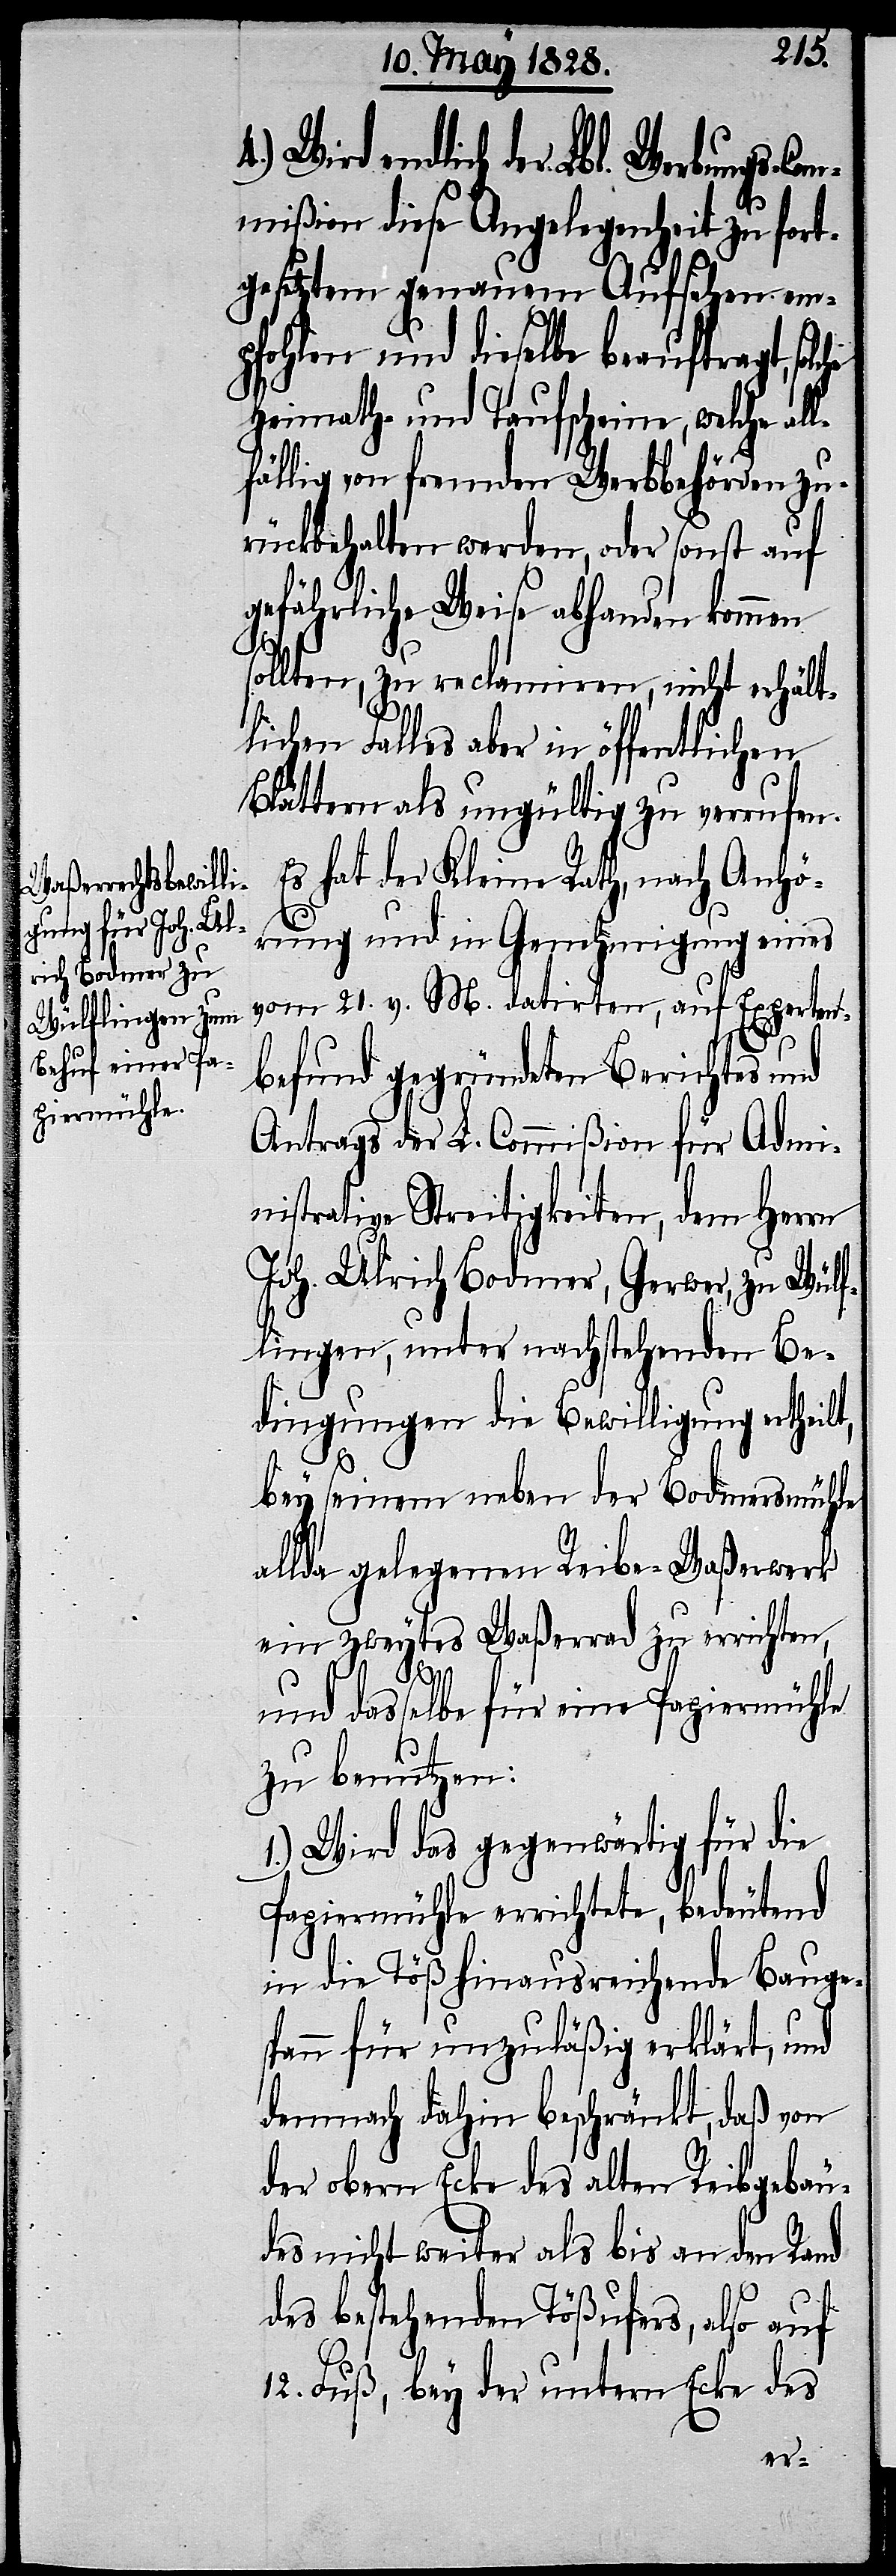
Wird endlich der Lbl. Werbungs-Com¬
mißion diese Angelegenheit zu fort¬
gesetztem genauem Aufsehen em¬
pfohlen und dieselbe beauftragt, sol¬
Heimath- und Taufscheine, welche al¬
lfällig von fremden Werbbehörden zu¬
rückbehalten werden, oder sonst auf
gefährliche Weise abhanden kommen
sollten, zu reclamiren, nicht erhält¬
lichen Falles aber in öffentlichen
Blättern als ungültig zu verrufen.
Es hat der Kleine Rath, nach Anhö¬
rung und in Genehmigung eines
vom 21. v. M. datirten, auf Experten¬
befund gegründeten Berichtes und
Antrags der L. Commißion für Admi¬
nistrative Streitigkeiten, dem Herrn
Joh. Ulrich Bodmer, Gerwer, zu Wülf¬
lingen, unter nachstehenden Be¬
dingungen die Bewilligung ertheilt,
bey seinem neben der Bodmersmühle
allda gelegenen Reibe-Waßerwerk
ein zweytes Waßerrad zu errichten,
che
und dasselbe für eine Papiermühle
zu benutzen:
1.) Wird das gegenwärtig für die
Papiermühle errichtete, bedeutend
in die Töß hinausreichende Bauges¬
pann für unzuläßig erklärt, und
demnach dahin beschränkt, daß von
der obern Ecke des alten Reibgebäu¬
des nicht weiter als bis an den Rand
des bestehenden Tößufers, also auf
12. Fuß, bey der untern Ecke des